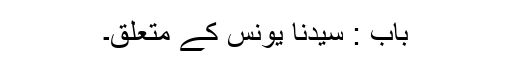
باب : سیدنا یونسؑ کے متعلق۔